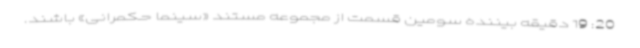
20: 19 دقیقه بیننده سومین قسمت از مجموعه مستند «سینما حکمرانی» باشند.